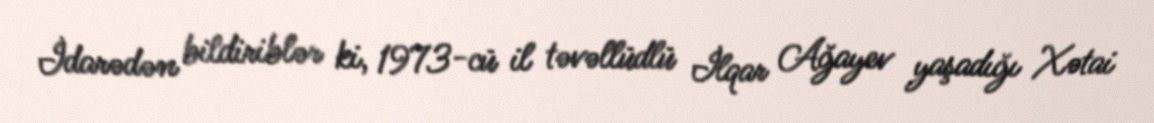
İdarədən bildiriblər ki, 1973-cü il təvəllüdlü İlqar Ağayev yaşadığı Xətai